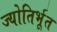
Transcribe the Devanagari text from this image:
ज्योतिर्भूत